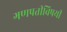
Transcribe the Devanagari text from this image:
गणपतीविषयी